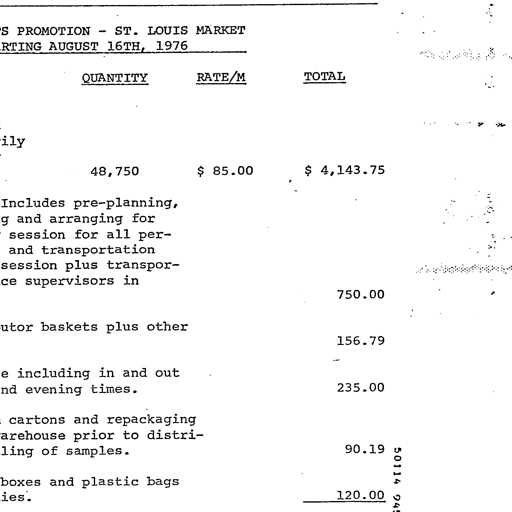
'S PROMOTION - ST. LOUIS MARKET
RTING AUGUST 16TH, 1976
QUANTITY RATE/M TOTAL
ily
48,750 $ 85.00 $ 4,143.75
Includes pre-planning,
and arranging for
session for all per-
and transportation
session plus transpor-
ce supervisors in
750.00
utor baskets plus other
156.79
e including in and out
nd evening times.
235.00
cartons and repackaging
arehouse prior to distri-
ling of samples.
90.19
boxes and plastic bags
ies.
120.00
50114 945